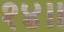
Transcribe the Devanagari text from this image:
१४॥